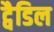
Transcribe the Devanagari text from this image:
ट्वैडिल